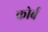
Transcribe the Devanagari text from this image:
कोर्ब